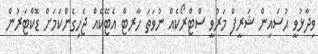
ވިދާޅުވީ ޙުސައިން ޝަރީފް މަރުވީ ސްޓްރޯކެއް ނުވަތަ ހާރޓް އެޓޭކެއް ޖެހިގެންކަމަށް ޑޮކްޓަރުން